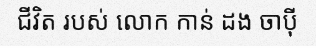
ជីវិត របស់ លោក កាន់ ដង ចាប៉ី